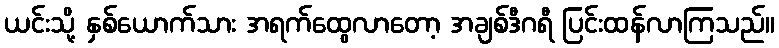
ယင်းသို့ နှစ်ယောက်သား အရက်ထွေလာတော့ အချစ်ဒီဂရီ ပြင်းထန်လာကြသည်။